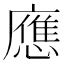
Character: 應